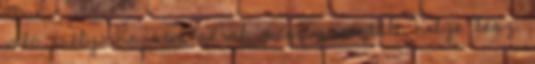
való esély: ha nem sérül meg, garantált helye lesz